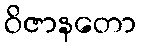
ဝိဇာနတော